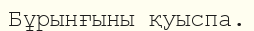
Бұрынғыны қуыспа.